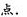
点.